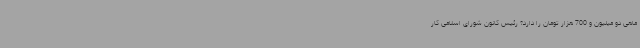
ماهی دو میلیون و 700 هزار تومان را دارد؟ رئیس کانون شورای اسلامی کار